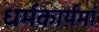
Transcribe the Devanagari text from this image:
धर्मकार्यमां